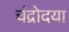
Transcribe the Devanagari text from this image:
चंद्रोदया